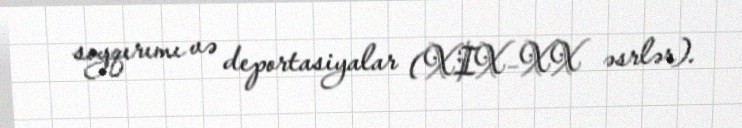
soyqırımı və deportasiyalar (XIX–XX əsrlər).